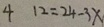
4 1 2 = 2 4 - 3 x